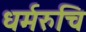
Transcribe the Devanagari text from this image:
धर्मरुचि